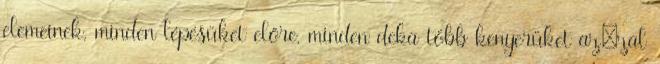
elemeinek, minden lépésüket előre, minden deka több kenyerüket az¬zal